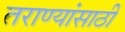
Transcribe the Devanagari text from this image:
तराण्यांसाठी